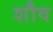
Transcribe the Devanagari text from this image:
शौव